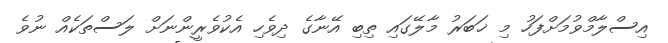
އިސްލާމްވުމަށްފަހު މި ޚަބަރު މާލޭގައި ތިބި އޭނާގެ ދިވެހި އެކުވެރީންނަށް ލަސްތަކެއް ނުވެ